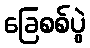
ခြေစစ်ပွဲ